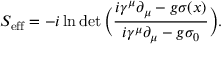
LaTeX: S _ { \mathrm { e f f } } = - i \ln \operatorname* { d e t } { \Big ( } { \frac { i \gamma ^ { \mu } { \partial } _ { \mu } - g \sigma ( x ) } { i \gamma ^ { \mu } { \partial } _ { \mu } - g \sigma _ { 0 } } } { \Big ) } .